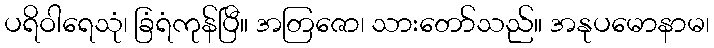
ပရိဝါရေသုံ၊ ခြံရံကုန်ပြီ။ အတြဇော၊ သားတော်သည်။ အနုပမောနာမ၊